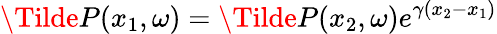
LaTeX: \Tilde{P}(x_{1},\omega)=\Tilde{P}(x_{2},\omega)e^{\gamma(x_{2}-x_{1})}